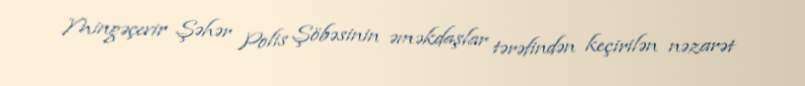
Mingəçevir Şəhər Polis Şöbəsinin əməkdaşlar tərəfindən keçirilən nəzarət